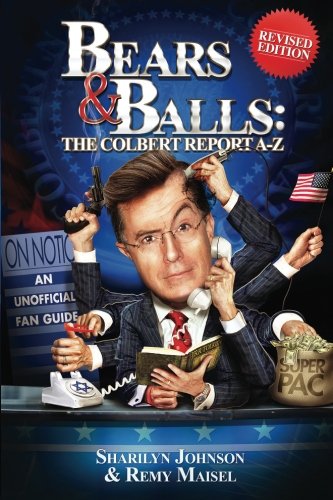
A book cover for Bears & Balls: The Colbert Report A-Z (Revised Edition); Sharilyn Johnson; Humor & Entertainment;